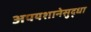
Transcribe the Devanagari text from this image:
अपयशानेसुद्धा